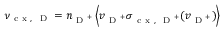
\nu _ { \mathrm { ~ c ~ x ~ , ~ } \mathrm { ~ D ~ } } = n _ { \mathrm { ~ D ~ } ^ { + } } \left\langle v _ { \mathrm { ~ D ~ } ^ { + } } \sigma _ { \mathrm { ~ c ~ x ~ , ~ } \mathrm { ~ D ~ } ^ { + } } ( v _ { \mathrm { ~ D ~ } ^ { + } } ) \right\rangle